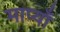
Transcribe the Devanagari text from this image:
माप्याँ